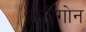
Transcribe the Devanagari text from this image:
अंटीगोन